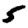
Digit: 5